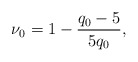
\begin{align*}\nu_0=1-\frac{q_0-5}{5q_0}, \end{align*}